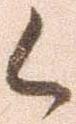
候